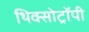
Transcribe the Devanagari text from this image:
थिक्सोट्रॉपी